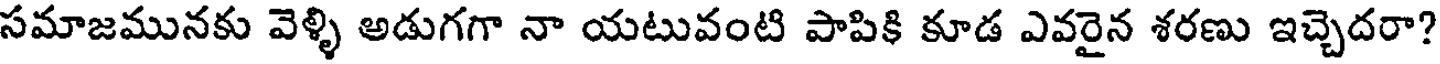
సమాజమునకు వెళ్ళి అడుగగా నా యటువంటి పాపికి కూడ ఎవరైన శరణు ఇచ్చెదరా?